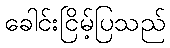
ခေါင်းငြိမ့်ပြသည်